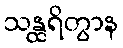
သန္ထရိတွာန